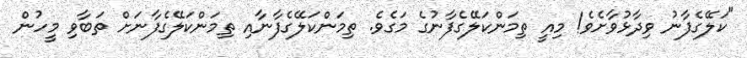
"ކަލޭގެފާނު ވިދާޅުވާށެވެ! މިއީ ތިމަންކަލޭގެފާނުގެ މަގެވެ. ތިމަންކަލޭގެފާނާއި ތިމަންކަލޭގެފާނަށް ތަބާވި މީހުން